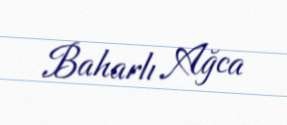
Baharlı Ağca